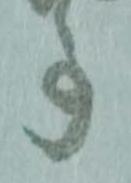
事